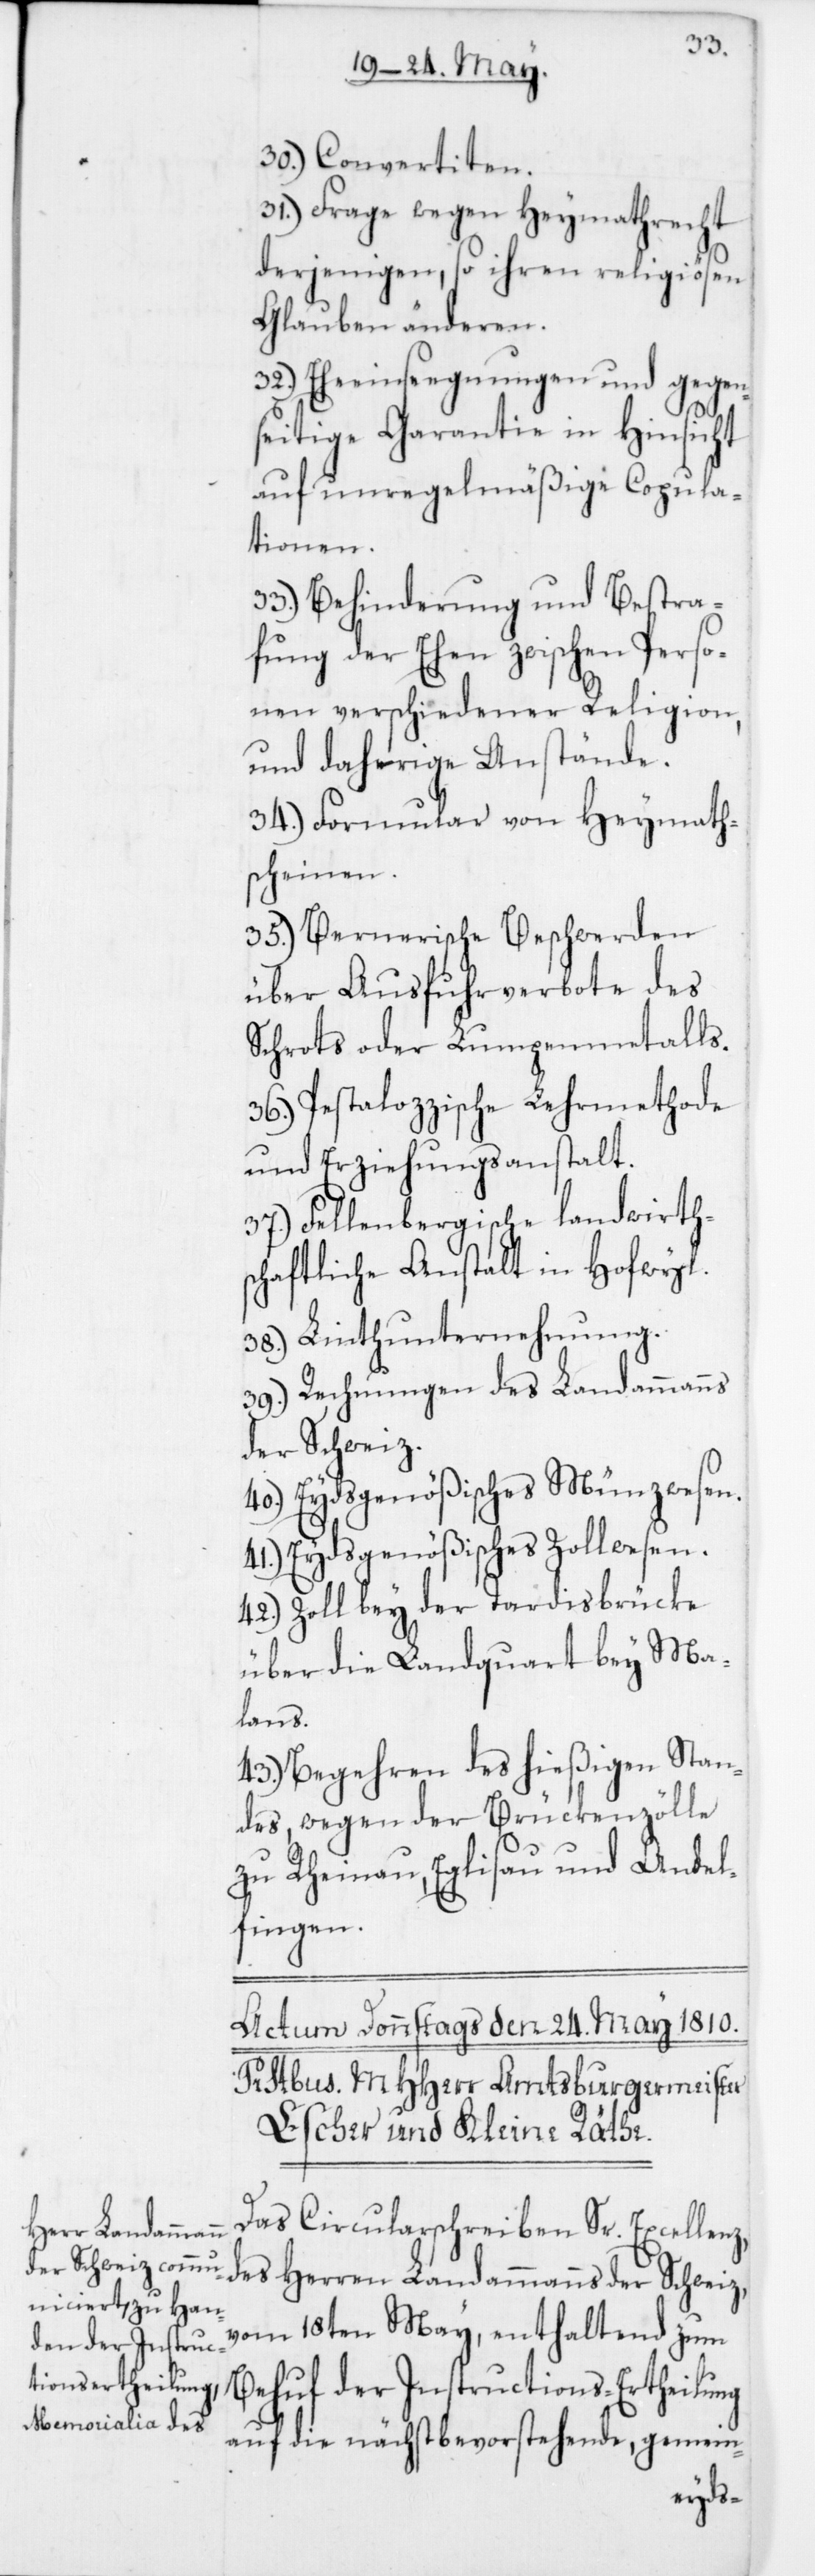
30. Convertiten.
31. Frage wegen Heymathrecht
derjenigen, so ihren religiösen
Glauben änderen.
32. Eheeinsegnungen und gegen¬
seitige Garantie in Hinsicht
auf unregelmäßige Copula¬
tionen.
33. Behinderung und Bestra¬
fung der Ehen zwischen Perso¬
nen verschiedener Religion
und daherige Anstände.
34. Formular von Heymath¬
scheinen.
35. Bernerische Beschwerden
über Ausfuhrverbote des
Schrots oder Lumpenmetalls.
36. Pestalozzische Lehrmethode
und Erziehungsanstalt.
37. Fellenbergische landwirth¬
schaftliche Anstalt in Hofwyl.
38. Linthunternehmung.
39. Rechnungen des Landammanns
der Schweiz.
40. Eydsgenößisches Münzwesen.
41. Eydsgenößisches Zollwesen.
42. Zoll bey der Tardisbrücke
über die Landquart bey Ma¬
lans.
43. Begehren des hießigen Stan¬
des wegen der Brückenzölle
zu Rheinau, Eglisau und Andel¬
fingen.
Das Circularschreiben Sr. Excellenz
des Herren Landammanns der Schweiz
vom 18ten May, enthaltend zum
auf die nächst bevorstehende gemein-